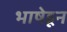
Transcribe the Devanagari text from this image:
भाषेहून